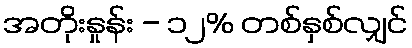
အတိုးနှုန်း - ၁၂% တစ်နှစ်လျှင်